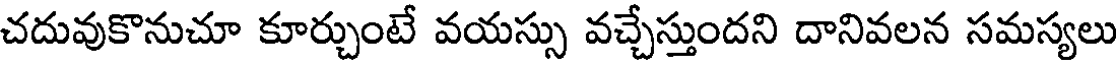
చదువుకొనుచూ కూర్చుంటే వయస్సు వచ్చేస్తుందని దానివలన సమస్యలు